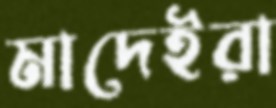
মাদেইরা